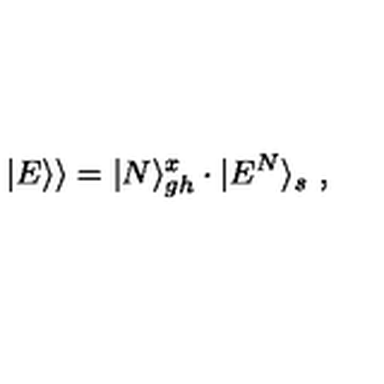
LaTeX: | E \rangle \rangle = | N \rangle _ { g h } ^ { x } \cdot | E ^ { N } \rangle _ { s } \ ,